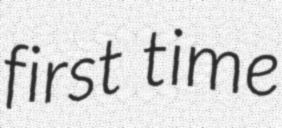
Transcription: first time